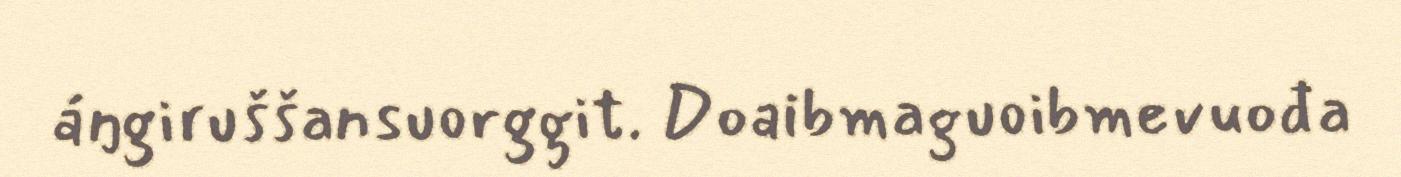
áŋgiruššansuorggit. Doaibmaguoibmevuođa